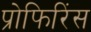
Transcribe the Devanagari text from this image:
प्रोफिरिंस